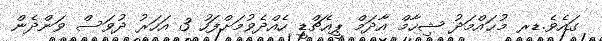
ގައެވެ.ޑރ މުޙައްމަދު ޝިހާމް އާދަމް ޕީއެޗްޑީ ހެއްދެވުމަށްފަހު 3 އަހަރު ދުވަސް ވަންދެން